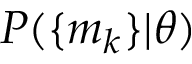
P ( \{ m _ { k } \} | \boldsymbol { \theta } )